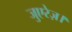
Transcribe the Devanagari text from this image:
जुएरेज़।